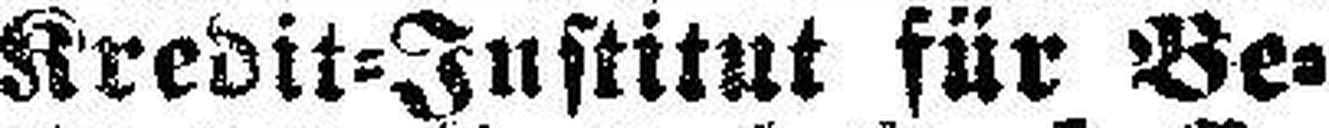
Kredit-Institut für Be¬